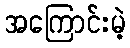
အကြောင်းမဲ့